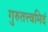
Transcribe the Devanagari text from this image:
गुरुतत्त्वमिदं